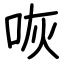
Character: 咴